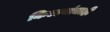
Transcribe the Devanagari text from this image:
किल्ल्यांचाही